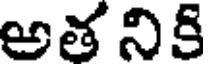
అత నికి